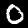
Label: 0